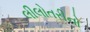
લીલોતરીનો